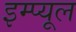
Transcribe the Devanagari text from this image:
इम्प्यूल